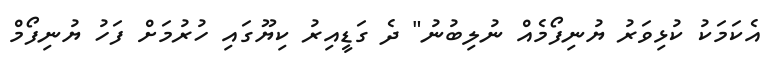
އެކަމަކު ކުޅިވަރު ޔުނިފޯމެއް ނުލިބުނު" ދެ ގަޑީއިރު ކިޔޫގައި ހުރުމަށް ފަހު ޔުނިފޯމް